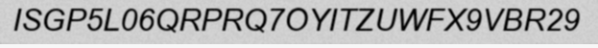
ISGP5L06QRPRQ7OYITZUWFX9VBR29